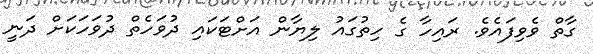
ގާތް ވެވިފައެވެ. ރައިހާ ގެ ހިތުގައު ލިޔާން އަށްޓަކައި ދުވަހެތް ދުވަހަކަށް ދަނީ